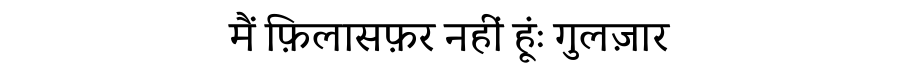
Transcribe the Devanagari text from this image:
मैं फ़िलासफ़र नहीं हूंः गुलज़ार